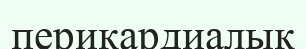
перикардиалық